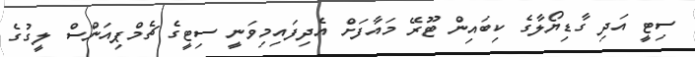
ސިޓީ އަދި ގާޑިޔޯލާގެ ކިބައިން ޓޫރޭ މައާފަށް އެދިފައިމިވަނީ ސިޓީގެ ޗެމްޕިއަންސް ލީގުގެ